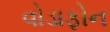
વોડાફોન